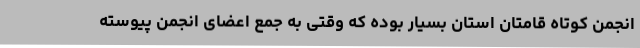
انجمن کوتاه قامتان استان بسیار بوده که وقتی به جمع اعضای انجمن پیوسته